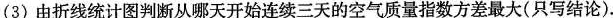
(3)由折线统计图判断从哪天开始连续三天的空气质量指数方差最大(只写结论).